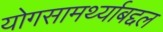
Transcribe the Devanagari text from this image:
योगसामर्थ्याबद्दल